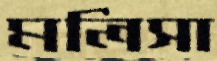
মলিসা